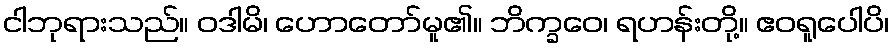
ငါဘုရားသည်။ ဝဒါမိ၊ ဟောတော်မူ၏။ ဘိက္ခဝေ၊ ရဟန်းတို့။ ဧဝရူပေါပိ၊